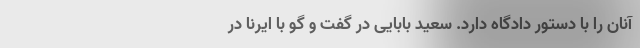
آنان را با دستور دادگاه دارد. سعید بابایی در گفت و گو با ایرنا در